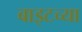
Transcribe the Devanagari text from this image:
बाइटच्या